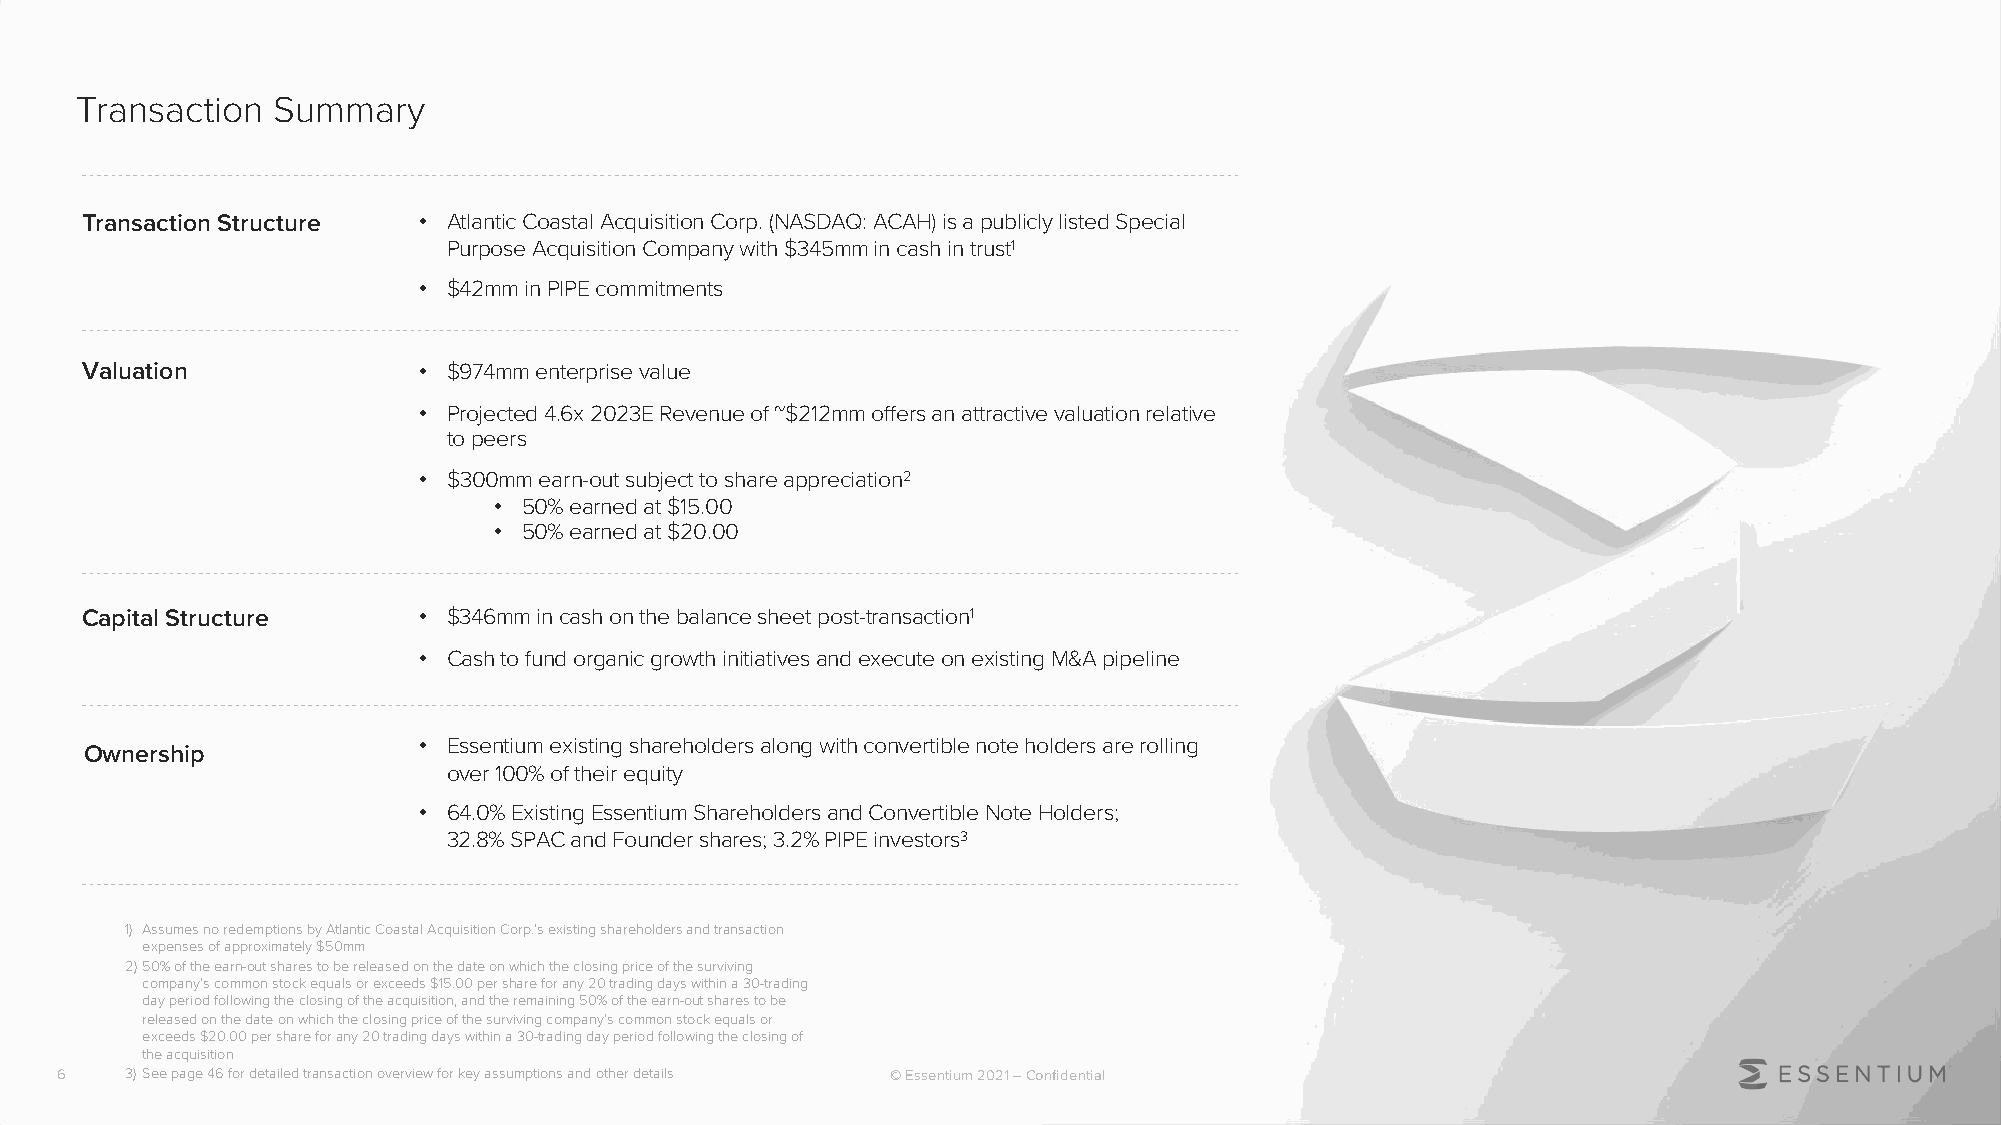
Transaction  Summary
 Transaction Structure  • Atlantic Coastal Acquisition Corp. (NASDAQ: ACAH) is a publicly listed Special
 Purpose Acquisition Company with $345mm in cash in trust1
 • $42mm in PIPE commitments
 Valuation              • $974mm enterprise value
 • Projected 4.6x 2023E Revenue of ~$212mm offers an attractive valuation relative
 to peers
 • $300mm earn-out subject to share appreciation2
 • 50% earned at $15.00
 • 50% earned at $20.00
 Capital Structure      • $346mm in cash on the balance sheet post-transaction1
 • Cash to fund organic growth initiatives and execute on existing M&A pipeline
 • Essentium existing shareholders along with convertible note holders are rolling
 Ownership
 over 100% of their equity
 • 64.0% Existing Essentium Shareholders and Convertible Note Holders;
 32.8% SPAC and Founder shares; 3.2% PIPE investors3
 1) Assumes no redemptions by Atlantic Coastal Acquisition Corp.’s existing shareholders and transaction
 expenses of approximately $50mm
 2)50% of the earn-out shares to be released on the date on which the closing price of the surviving
 company’s common stock equals or exceeds $15.00 per share for any 20 trading days within a 30-trading
 day period following the closing of the acquisition, and the remaining 50% of the earn-out shares to be
 released on the date on which the closing price of the surviving company’s common stock equals or
 exceeds $20.00 per share for any 20 trading days within a 30-trading day period following the closing of
 the acquisition
 6   3)See page 46 for detailed transaction overview for key assumptions and other details © Essentium 2021 –Confidential